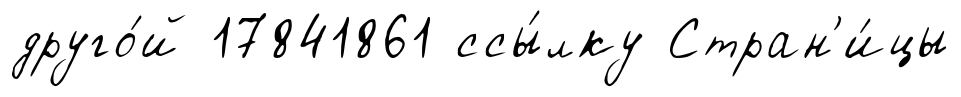
друго́й 17841861 ссы́лку Стран'и́цы